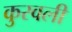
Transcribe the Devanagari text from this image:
कुरवली